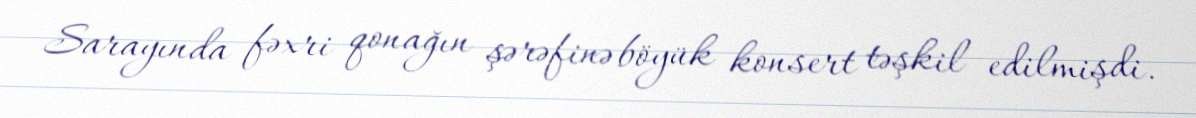
Sarayında fəxri qonağın şərəfinə böyük konsert təşkil edilmişdi.